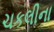
ચકલીના